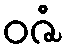
ဝဇံ